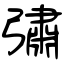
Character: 彇